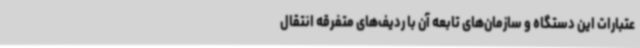
عتبارات این دستگاه و سازمان‌های تابعه آن با ردیف‌های متفرقه انتقال‌